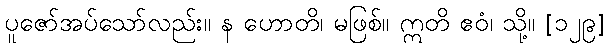
ပူဇော်အပ်သော်လည်း။ န ဟောတိ၊ မဖြစ်။ ဣတိ ဧဝံ၊ သို့။ [၁၂၉]